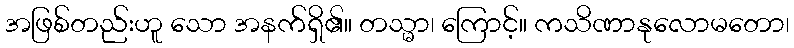
အဖြစ်တည်းဟူ သော အနက်ရှိ၏။ တသ္မာ၊ ကြောင့်။ ကသိဏာနုလောမတော၊